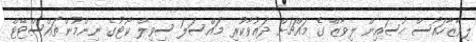
ލިވާޒާހައުސް ޙުސައިން ލިވާޒް ގެ މައްޗަށް ދަޢުވާކުރި މައްސަލަ ސިވިލް ކޯޓުގެ ނިންމުންތައްސްޓޭޓް